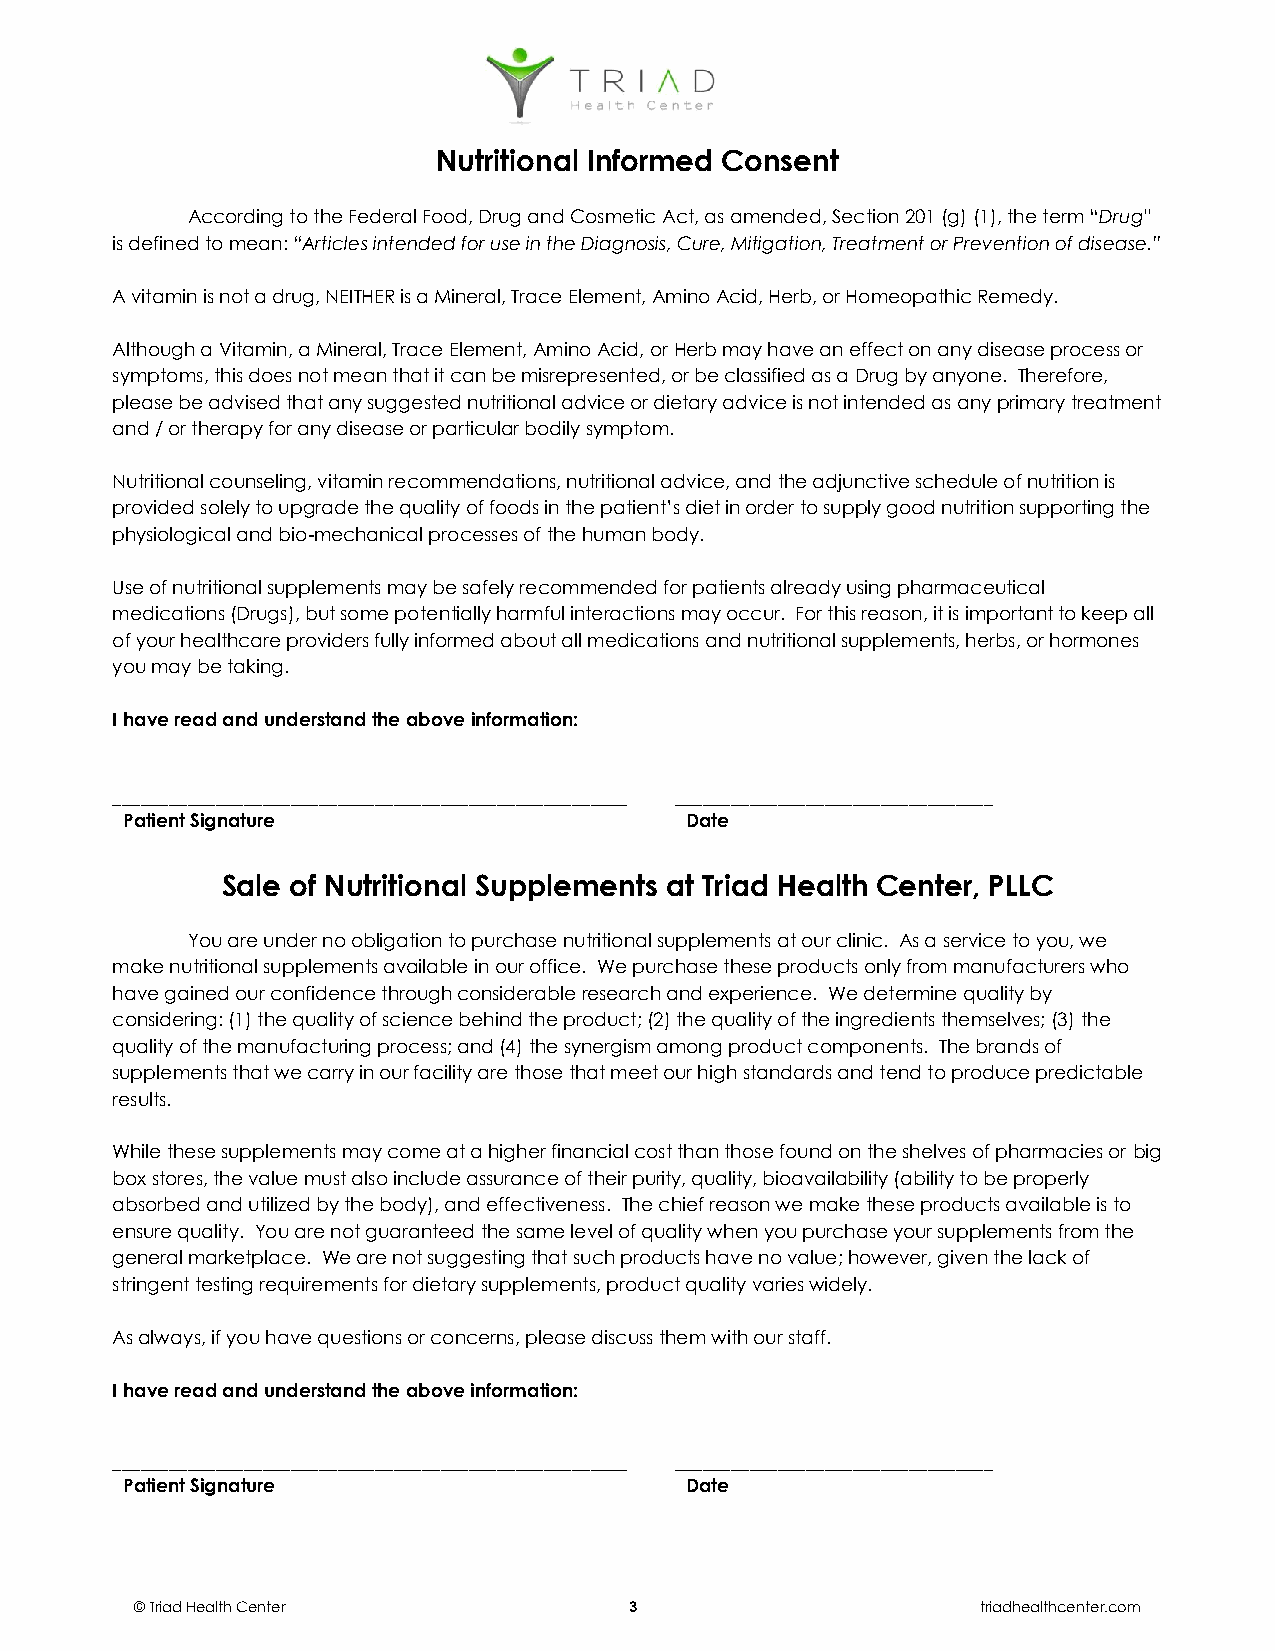
Nutritional Informed Consent
 According to the Federal Food, Drug and Cosmetic Act, as amended, Section 201 (g) (1), the term “Drug”
 is defined to mean: “Articles intended for use in the Diagnosis, Cure, Mitigation, Treatment or Prevention of disease.”
 A vitamin is not a drug, NEITHER is a Mineral, Trace Element, Amino Acid, Herb, or Homeopathic Remedy.
 Although a Vitamin, a Mineral, Trace Element, Amino Acid, or Herb may have an effect on any disease process or
 symptoms, this does not mean that it can be misrepresented, or be classified as a Drug by anyone. Therefore,
 please be advised that any suggested nutritional advice or dietary advice is not intended as any primary treatment
 and / or therapy for any disease or particular bodily symptom.
 Nutritional counseling, vitamin recommendations, nutritional advice, and the adjunctive schedule of nutrition is
 provided solely to upgrade the quality of foods in the patient’s diet in order to supply good nutrition supporting the
 physiological and bio-mechanical processes of the human body.
 Use of nutritional supplements may be safely recommended for patients already using pharmaceutical
 medications (Drugs), but some potentially harmful interactions may occur. For this reason, it is important to keep all
 of your healthcare providers fully informed about all medications and nutritional supplements, herbs, or hormones
 you may be taking.
 I have read and understand the above information:
 _______________________________________________________ __________________________________
 Patient Signature                    Date
 Sale of Nutritional Supplements at Triad Health Center, PLLC
 You are under no obligation to purchase nutritional supplements at our clinic. As a service to you, we
 make nutritional supplements available in our office. We purchase these products only from manufacturers who
 have gained our confidence through considerable research and experience. We determine quality by
 considering: (1) the quality of science behind the product; (2) the quality of the ingredients themselves; (3) the
 quality of the manufacturing process; and (4) the synergism among product components. The brands of
 supplements that we carry in our facility are those that meet our high standards and tend to produce predictable
 results.
 While these supplements may come at a higher financial cost than those found on the shelves of pharmacies or big
 box stores, the value must also include assurance of their purity, quality, bioavailability (ability to be properly
 absorbed and utilized by the body), and effectiveness. The chief reason we make these products available is to
 ensure quality. You are not guaranteed the same level of quality when you purchase your supplements from the
 general marketplace. We are not suggesting that such products have no value; however, given the lack of
 stringent testing requirements for dietary supplements, product quality varies widely.
 As always, if you have questions or concerns, please discuss them with our staff.
 I have read and understand the above information:
 _______________________________________________________ __________________________________
 Patient Signature                    Date
 © Triad Health Center            3                      triadhealthcenter.com